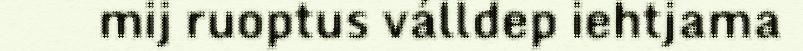
mij ruoptus válldep iehtjama